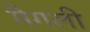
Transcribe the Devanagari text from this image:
मैगली